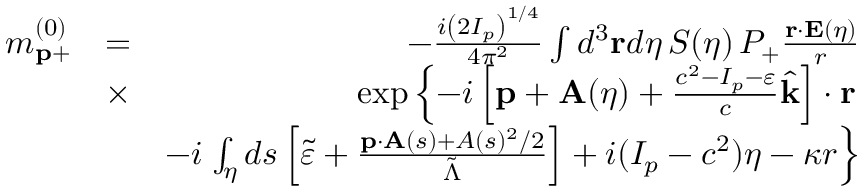
\begin{array} { r l r } { m _ { \mathbf { p } + } ^ { ( 0 ) } } & { = } & { - \frac { i \left( 2 I _ { p } \right) ^ { 1 / 4 } } { 4 \pi ^ { 2 } } \int d ^ { 3 } \mathbf { r } d \eta \, { \cal S } ( \eta ) \, { \cal P } _ { + } \frac { \mathbf { r } \cdot \mathbf { E } ( \eta ) } { r } } \\ & { \times } & { \exp \left\{ - i \left[ \mathbf { p } + \mathbf { A } ( \eta ) + \frac { c ^ { 2 } - I _ { p } - \varepsilon } { c } \hat { \mathbf { k } } \right] \cdot \mathbf { r } \right. } \\ & { } & { - i \left. \int _ { \eta } d s \left[ \tilde { \varepsilon } + \frac { \mathbf { p } \cdot \mathbf { A } ( s ) + A ( s ) ^ { 2 } / 2 } { \tilde { \Lambda } } \right] + i ( I _ { p } - c ^ { 2 } ) \eta - \kappa r \right\} } \end{array}